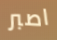
اصبر